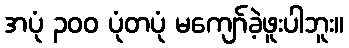
အပုံ ၃၀၀ ပုံတပုံ မကျော်ခဲ့ဖူးပါဘူး။